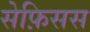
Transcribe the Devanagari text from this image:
सेफ़िसस